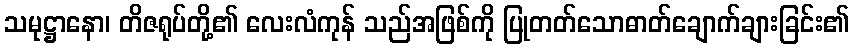
သမုဋ္ဌာနော၊ တိဇရုပ်တို့၏ လေးလံကုန် သည်အဖြစ်ကို ပြုတတ်သောဓာတ်ချောက်ချားခြင်း၏